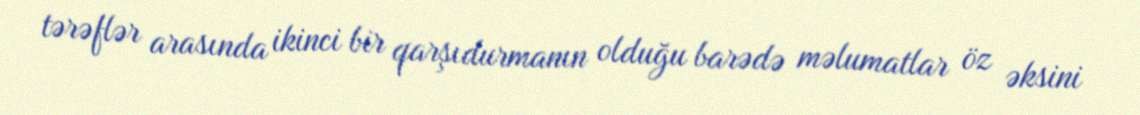
tərəflər arasında ikinci bir qarşıdurmanın olduğu barədə məlumatlar öz əksini